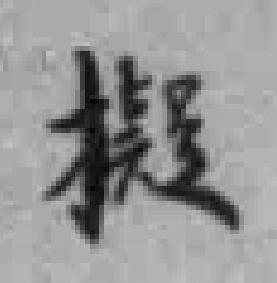
擬